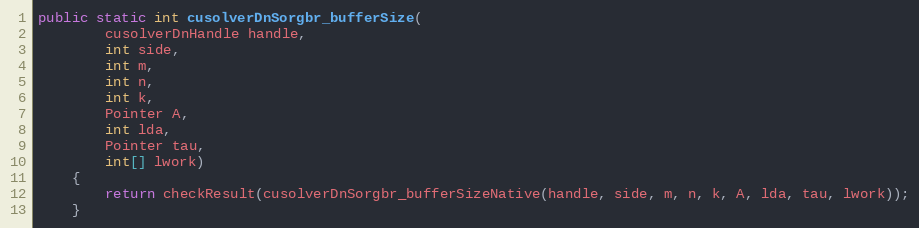
Language: Java
public static int cusolverDnSorgbr_bufferSize(
        cusolverDnHandle handle,
        int side,
        int m,
        int n,
        int k,
        Pointer A,
        int lda,
        Pointer tau,
        int[] lwork)
    {
        return checkResult(cusolverDnSorgbr_bufferSizeNative(handle, side, m, n, k, A, lda, tau, lwork));
    }